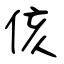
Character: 侅